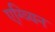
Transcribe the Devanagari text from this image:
एग्व्यिन